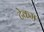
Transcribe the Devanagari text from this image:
टेकम